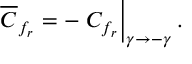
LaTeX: \overline { { { C } } } _ { f _ { r } } = - \left. C _ { f _ { r } } \right| _ { \gamma \to - \gamma } .